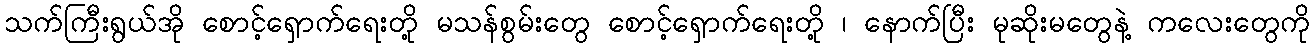
သက်ကြီးရွယ်အို စောင့်ရှောက်ရေးတို့ မသန်စွမ်းတွေ စောင့်ရှောက်ရေးတို့ ၊ နောက်ပြီး မုဆိုးမတွေနဲ့ ကလေးတွေကို